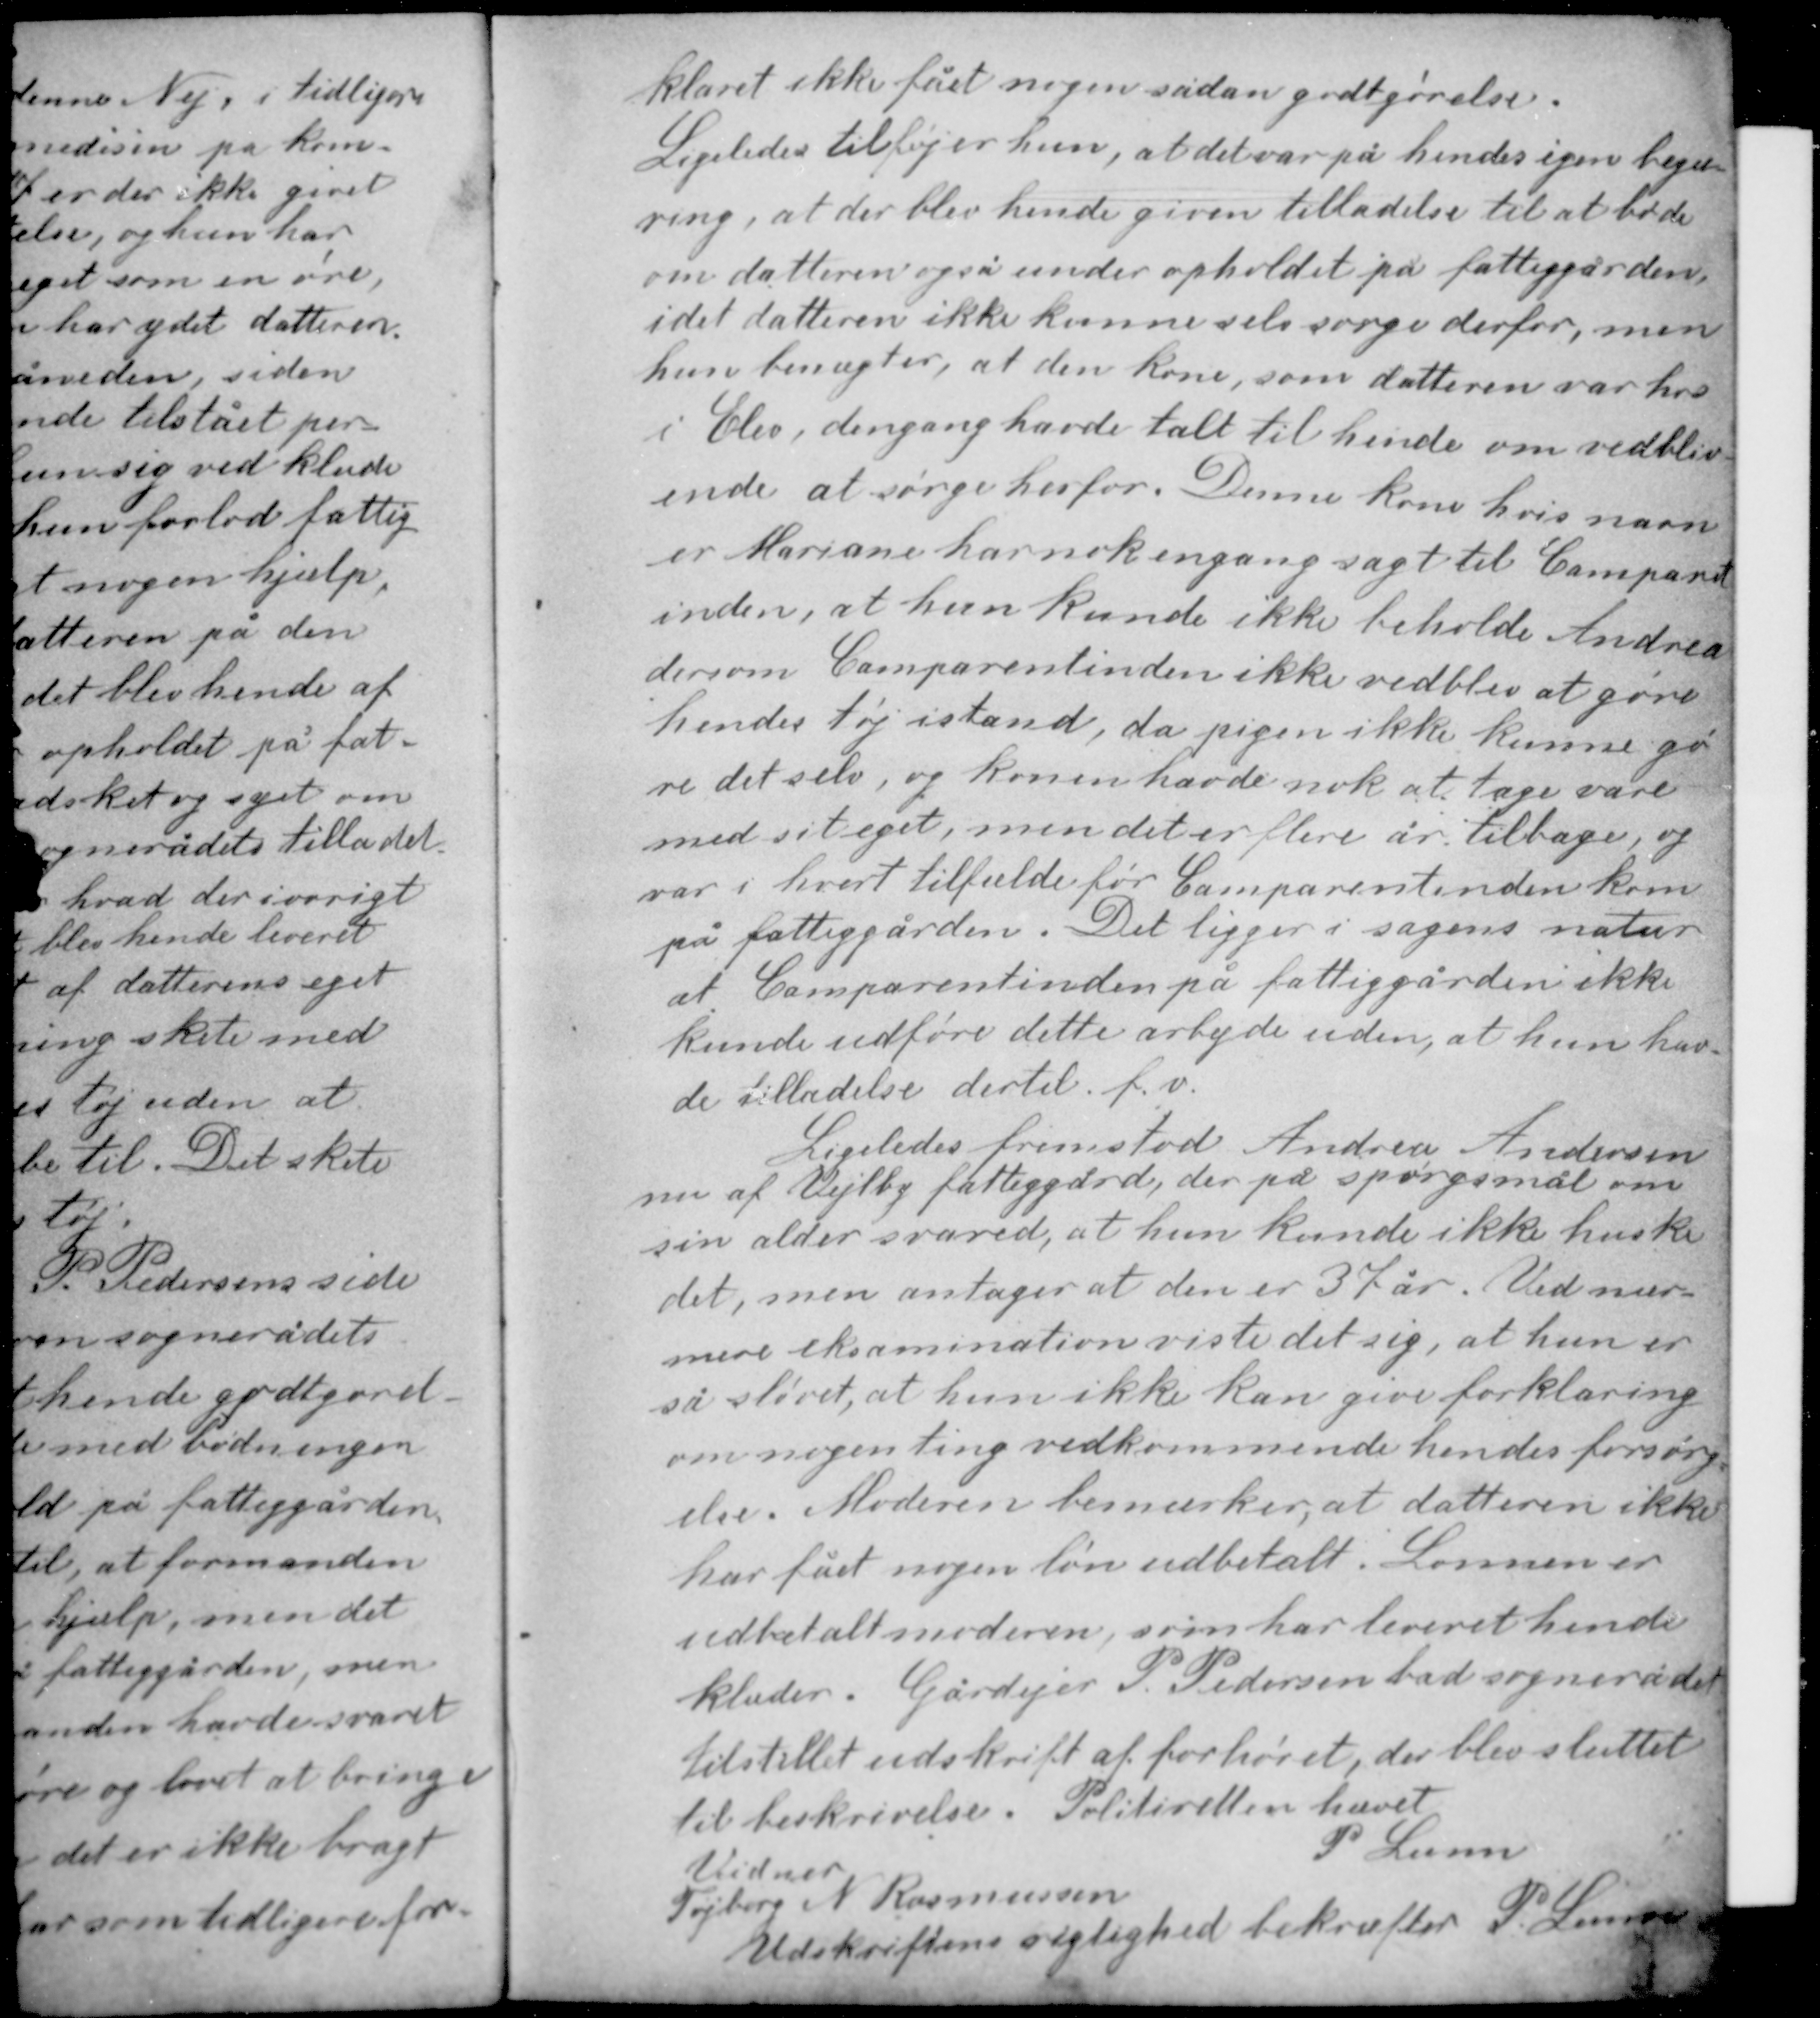
Transskription:
klaret ikke fået nogen sådan godtgørelse.
Ligeledes tilføjer hun, at det var på hendes egen begæ-
ring, at der blev hende given tilladelse til at bøde
om datteren også under opholdet på fattiggården
idet datteren ikke kunne selv sørge derfor, men
hun benægter, at den kone, som datteren var hos

i Elev, dengang havde talt til hende om vedbliv-
ende at sørge herfor. Denne kone hvis navn
er Mariane har nok engang sagt til Comparent-
inden, at hun kunde ikke beholde Andrea
dersom Comparentinden ikke vedblev at gøre
hendes tøj istand, da pigen ikke kunne gø-
re det selv, og konen havde nok at tage vare
med i sit eget, men det er flere år tilbage, og
var i hvert tilfælde før Comparentinden kom
på fattiggården. Det ligger i sagens natur
at Comparentinden på fattiggården ikke
kunde udføre dette arbejde uden, at hun hav-
de tilladelse dertil f.v.

Ligeledes fremstod Andrea Andersen
nu af Vejlby fattiggård, der på spørgsmål om
sin alder svared, at hun kunde ikke huske
det, men antager at den er 37 år. Ved nær-
mere eksamination viste det sig, at hun er
så sløret, at hun ikke kan give forklaring
om nogen ting vedkommende hendes forsørg-
else. Moderen bemærker, at datteren ikke
har fået nogen løn udbetalt. Lønnen er
udbetalt moderen, som har leveret hende
klæder. Gårdejer P. Pedersen bad sognerådet

tilstillet udskrift af forhøret, der blev sluttet
til beskrivelse. Politiretten hævet
P Lunn
Vidner
Tojberg N Rasmussen
Udskriftens rigtighed bekræftes P Lunn